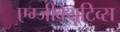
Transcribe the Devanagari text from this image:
एग्जीक्यूटिव्स